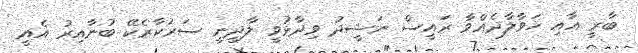
ބާރީ އާއި ހަވާލާދެއްވާ ރައީސް ނަޝީދު ވިދާޅުވީ ލާދީނީ ސަރުކާރެކޭ ބުނާއިރު އެއީ